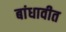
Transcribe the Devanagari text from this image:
बांधावीत